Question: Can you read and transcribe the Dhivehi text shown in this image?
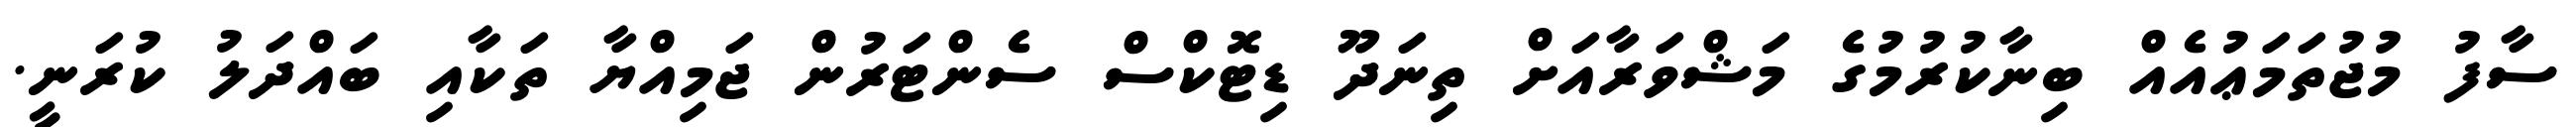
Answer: ސާފު މުޖުތަމަޢުއެއް ބިނާކުރުމުގެ މަޝްވަރާއަށް ތިނަދޫ ޑިޓޮކްސް ސެންޓަރުން ޖަމިއްޔާ ތަކާއި ބައްދަލު ކުރަނީ.